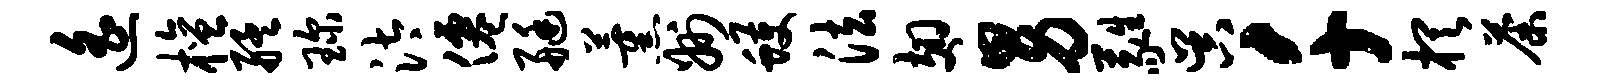
遥檀艋琛汰仙艇薰州蠖法翅男蕤吴千棋荼